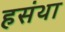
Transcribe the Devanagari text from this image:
हसंथा